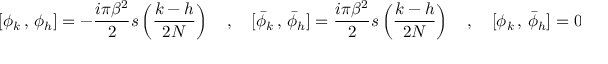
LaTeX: [ \phi _ { k } \, , \, \phi _ { h } ] = - { \frac { i \pi \beta ^ { 2 } } { 2 } } s \left( \frac { k - h } { 2 N } \right) \quad , \quad [ \bar { \phi } _ { k } \, , \, \bar { \phi } _ { h } ] = { \frac { i \pi \beta ^ { 2 } } { 2 } } s \left( \frac { k - h } { 2 N } \right) \quad , \quad [ \phi _ { k } \, , \, \bar { \phi } _ { h } ] = 0 \quad .